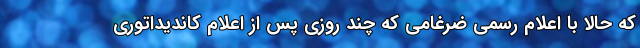
که حالا با اعلام رسمی ضرغامی که چند روزی پس از اعلام کاندیداتوری